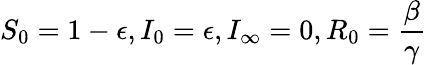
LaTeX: S_{0}=1-\epsilon,I_{0}=\epsilon,I_{\infty}=0,R_{0}=\frac{\beta}{\gamma}